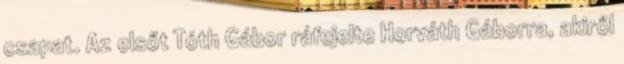
csapat. Az elsőt Tóth Gábor ráfejelte Horváth Gáborra, akiről